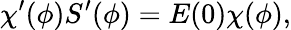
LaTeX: \chi^{\prime}(\phi)S^{\prime}(\phi)=E(0)\chi(\phi),